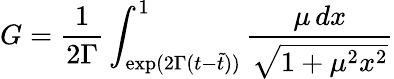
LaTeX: G={\frac{1}{2\Gamma}}\int_{\mathrm{exp}(2\Gamma(t-\tilde{t}))}^{1}{\frac{\mu\, dx}{\sqrt{1+\mu^{2}x^{2}}}}